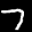
Label: 7